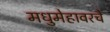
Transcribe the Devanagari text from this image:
मधुमेहावरचे